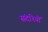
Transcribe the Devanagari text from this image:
संदरियों